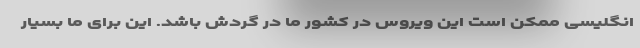
انگلیسی ممکن است این ویروس در کشور ما در گردش باشد. این برای ما بسیار